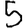
Digit: 5